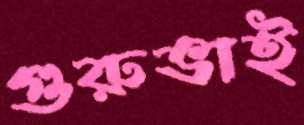
গুরুভাই